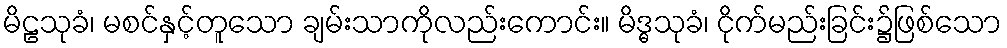
မိဠသုခံ၊ မစင်နှင့်တူသော ချမ်းသာကိုလည်းကောင်း။ မိဒ္ဓသုခံ၊ ငိုက်မည်းခြင်း၌ဖြစ်သော